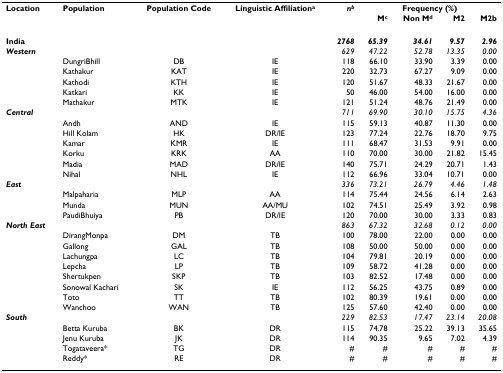
<table><thead><tr><td><b>Location</b></td><td><b>Population</b></td><td><b>Population Code</b></td><td><b>Linguistic Affiliation<sup>a</sup></b></td><td><b><i>n</i><sup><i>b</i></sup></b></td><td colspan="4"><b>Frequency (%)</b></td></tr><tr><td></td><td></td><td></td><td></td><td></td><td><b>M<sup>c</sup></b></td><td><b>Non M<sup>d</sup></b></td><td><b>M2</b></td><td><b>M2b</b></td></tr></thead><tbody><tr><td><b>India</b></td><td></td><td></td><td></td><td><b><i>2768</i></b></td><td><b><i>65.39</i></b></td><td><b><i>34.61</i></b></td><td><b><i>9.57</i></b></td><td><b><i>2.96</i></b></td></tr><tr><td><b><i>Western</i></b></td><td></td><td></td><td></td><td><i>629</i></td><td><i>47.22</i></td><td><i>52.78</i></td><td><i>13.35</i></td><td><i>0.00</i></td></tr><tr><td></td><td>DungriBhill</td><td>DB</td><td>IE</td><td>118</td><td>66.10</td><td>33.90</td><td>3.39</td><td>0.00</td></tr><tr><td></td><td>Kathakur</td><td>KAT</td><td>IE</td><td>220</td><td>32.73</td><td>67.27</td><td>9.09</td><td>0.00</td></tr><tr><td></td><td>Kathodi</td><td>KTH</td><td>IE</td><td>120</td><td>51.67</td><td>48.33</td><td>21.67</td><td>0.00</td></tr><tr><td></td><td>Katkari</td><td>KK</td><td>IE</td><td>50</td><td>46.00</td><td>54.00</td><td>16.00</td><td>0.00</td></tr><tr><td></td><td>Mathakur</td><td>MTK</td><td>IE</td><td>121</td><td>51.24</td><td>48.76</td><td>21.49</td><td>0.00</td></tr><tr><td><b><i>Central</i></b></td><td></td><td></td><td></td><td><i>711</i></td><td><i>69.90</i></td><td><i>30.10</i></td><td><i>15.75</i></td><td><i>4.36</i></td></tr><tr><td></td><td>Andh</td><td>AND</td><td>IE</td><td>115</td><td>59.13</td><td>40.87</td><td>11.30</td><td>0.00</td></tr><tr><td></td><td>Hill Kolam</td><td>HK</td><td>DR/IE</td><td>123</td><td>77.24</td><td>22.76</td><td>18.70</td><td>9.75</td></tr><tr><td></td><td>Kamar</td><td>KMR</td><td>IE</td><td>111</td><td>68.47</td><td>31.53</td><td>9.91</td><td>0.00</td></tr><tr><td></td><td>Korku</td><td>KRK</td><td>AA</td><td>110</td><td>70.00</td><td>30.00</td><td>21.82</td><td>15.45</td></tr><tr><td></td><td>Madia</td><td>MAD</td><td>DR/IE</td><td>140</td><td>75.71</td><td>24.29</td><td>20.71</td><td>1.43</td></tr><tr><td></td><td>Nihal</td><td>NHL</td><td>IE</td><td>112</td><td>66.96</td><td>33.04</td><td>10.71</td><td>0.00</td></tr><tr><td><b><i>East</i></b></td><td></td><td></td><td></td><td><i>336</i></td><td><i>73.21</i></td><td><i>26.79</i></td><td><i>4.46</i></td><td><i>1.48</i></td></tr><tr><td></td><td>Malpaharia</td><td>MLP</td><td>AA</td><td>114</td><td>75.44</td><td>24.56</td><td>6.14</td><td>2.63</td></tr><tr><td></td><td>Munda</td><td>MUN</td><td>AA/MU</td><td>102</td><td>74.51</td><td>25.49</td><td>3.92</td><td>0.98</td></tr><tr><td></td><td>PaudiBhuiya</td><td>PB</td><td>DR/IE</td><td>120</td><td>70.00</td><td>30.00</td><td>3.33</td><td>0.83</td></tr><tr><td><b><i>North East</i></b></td><td></td><td></td><td></td><td><i>863</i></td><td><i>67.32</i></td><td><i>32.68</i></td><td><i>0.12</i></td><td><i>0.00</i></td></tr><tr><td></td><td>DirangMonpa</td><td>DM</td><td>TB</td><td>100</td><td>78.00</td><td>22.00</td><td>0.00</td><td>0.00</td></tr><tr><td></td><td>Gallong</td><td>GAL</td><td>TB</td><td>108</td><td>50.00</td><td>50.00</td><td>0.00</td><td>0.00</td></tr><tr><td></td><td>Lachungpa</td><td>LC</td><td>TB</td><td>104</td><td>79.81</td><td>20.19</td><td>0.00</td><td>0.00</td></tr><tr><td></td><td>Lepcha</td><td>LP</td><td>TB</td><td>109</td><td>58.72</td><td>41.28</td><td>0.00</td><td>0.00</td></tr><tr><td></td><td>Shertukpen</td><td>SKP</td><td>TB</td><td>103</td><td>82.52</td><td>17.48</td><td>0.00</td><td>0.00</td></tr><tr><td></td><td>Sonowal Kachari</td><td>SK</td><td>IE</td><td>112</td><td>56.25</td><td>43.75</td><td>0.89</td><td>0.00</td></tr><tr><td></td><td>Toto</td><td>TT</td><td>TB</td><td>102</td><td>80.39</td><td>19.61</td><td>0.00</td><td>0.00</td></tr><tr><td></td><td>Wanchoo</td><td>WAN</td><td>TB</td><td>125</td><td>57.60</td><td>42.40</td><td>0.00</td><td>0.00</td></tr><tr><td><b><i>South</i></b></td><td></td><td></td><td></td><td><i>229</i></td><td><i>82.53</i></td><td><i>17.47</i></td><td><i>23.14</i></td><td><i>20.08</i></td></tr><tr><td></td><td>Betta Kuruba</td><td>BK</td><td>DR</td><td>115</td><td>74.78</td><td>25.22</td><td>39.13</td><td>35.65</td></tr><tr><td></td><td>Jenu Kuruba</td><td>JK</td><td>DR</td><td>114</td><td>90.35</td><td>9.65</td><td>7.02</td><td>4.39</td></tr><tr><td></td><td>Togataveera*</td><td>TG</td><td>DR</td><td>#</td><td>#</td><td>#</td><td>#</td><td>#</td></tr><tr><td></td><td>Reddy*</td><td>RE</td><td>DR</td><td>#</td><td>#</td><td>#</td><td>#</td><td>#</td></tr></tbody></table>